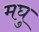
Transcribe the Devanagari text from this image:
मघु